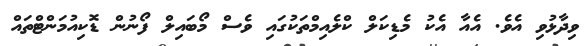
ވިދާޅުވި އެވެ. އެއާ އެކު މެޑިކަލް ކްލެއިމްތަކުގައި ވެސް މޯބައިލް ފޯނުން ޑޮކިއުމަންޓްތައް